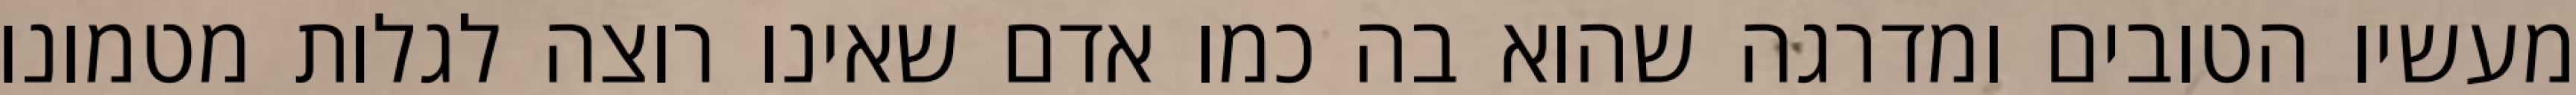
מעשיו הטובים ומדרגה שהוא בה כמו אדם שאינו רוצה לגלות מטמונו